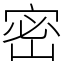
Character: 密